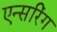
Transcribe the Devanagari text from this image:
एन्सरिंग